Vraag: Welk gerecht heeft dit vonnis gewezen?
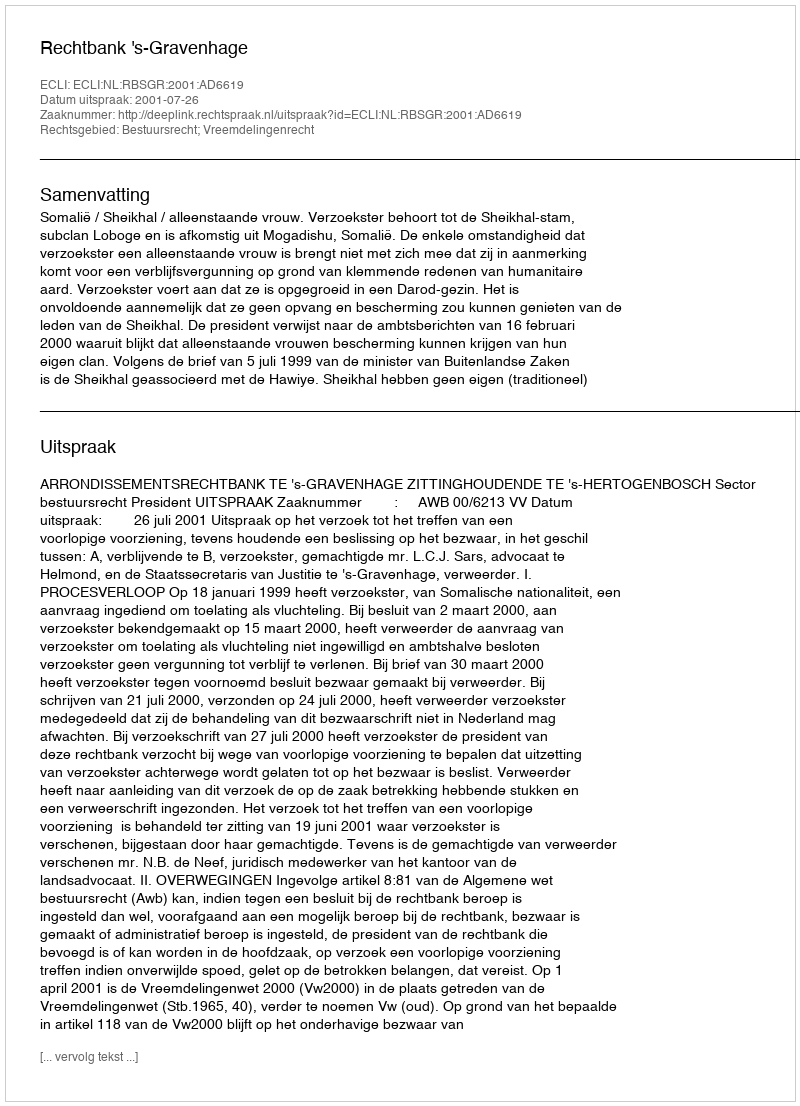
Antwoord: Rechtbank 's-Gravenhage